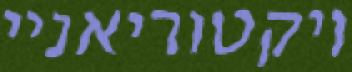
ויקטוריאניי